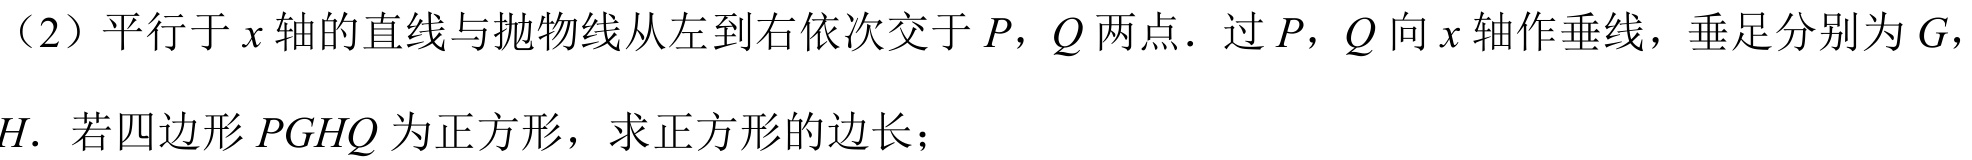
（2）平行于\(x\)轴的直线与抛物线从左到右依次交于\(P\)，\(Q\)两点．过\(P\)，\(Q\)向\(x\)轴作垂线，垂足分别为\(G\)，\(H\)．若四边形\(PGHQ\)为正方形，求正方形的边长；